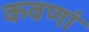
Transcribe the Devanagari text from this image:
कवणां